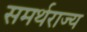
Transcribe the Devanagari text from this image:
समर्थराज्य